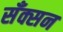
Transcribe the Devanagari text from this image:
सँक्सन